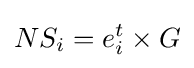
NS_{i}=e_{i}^{t}\times G